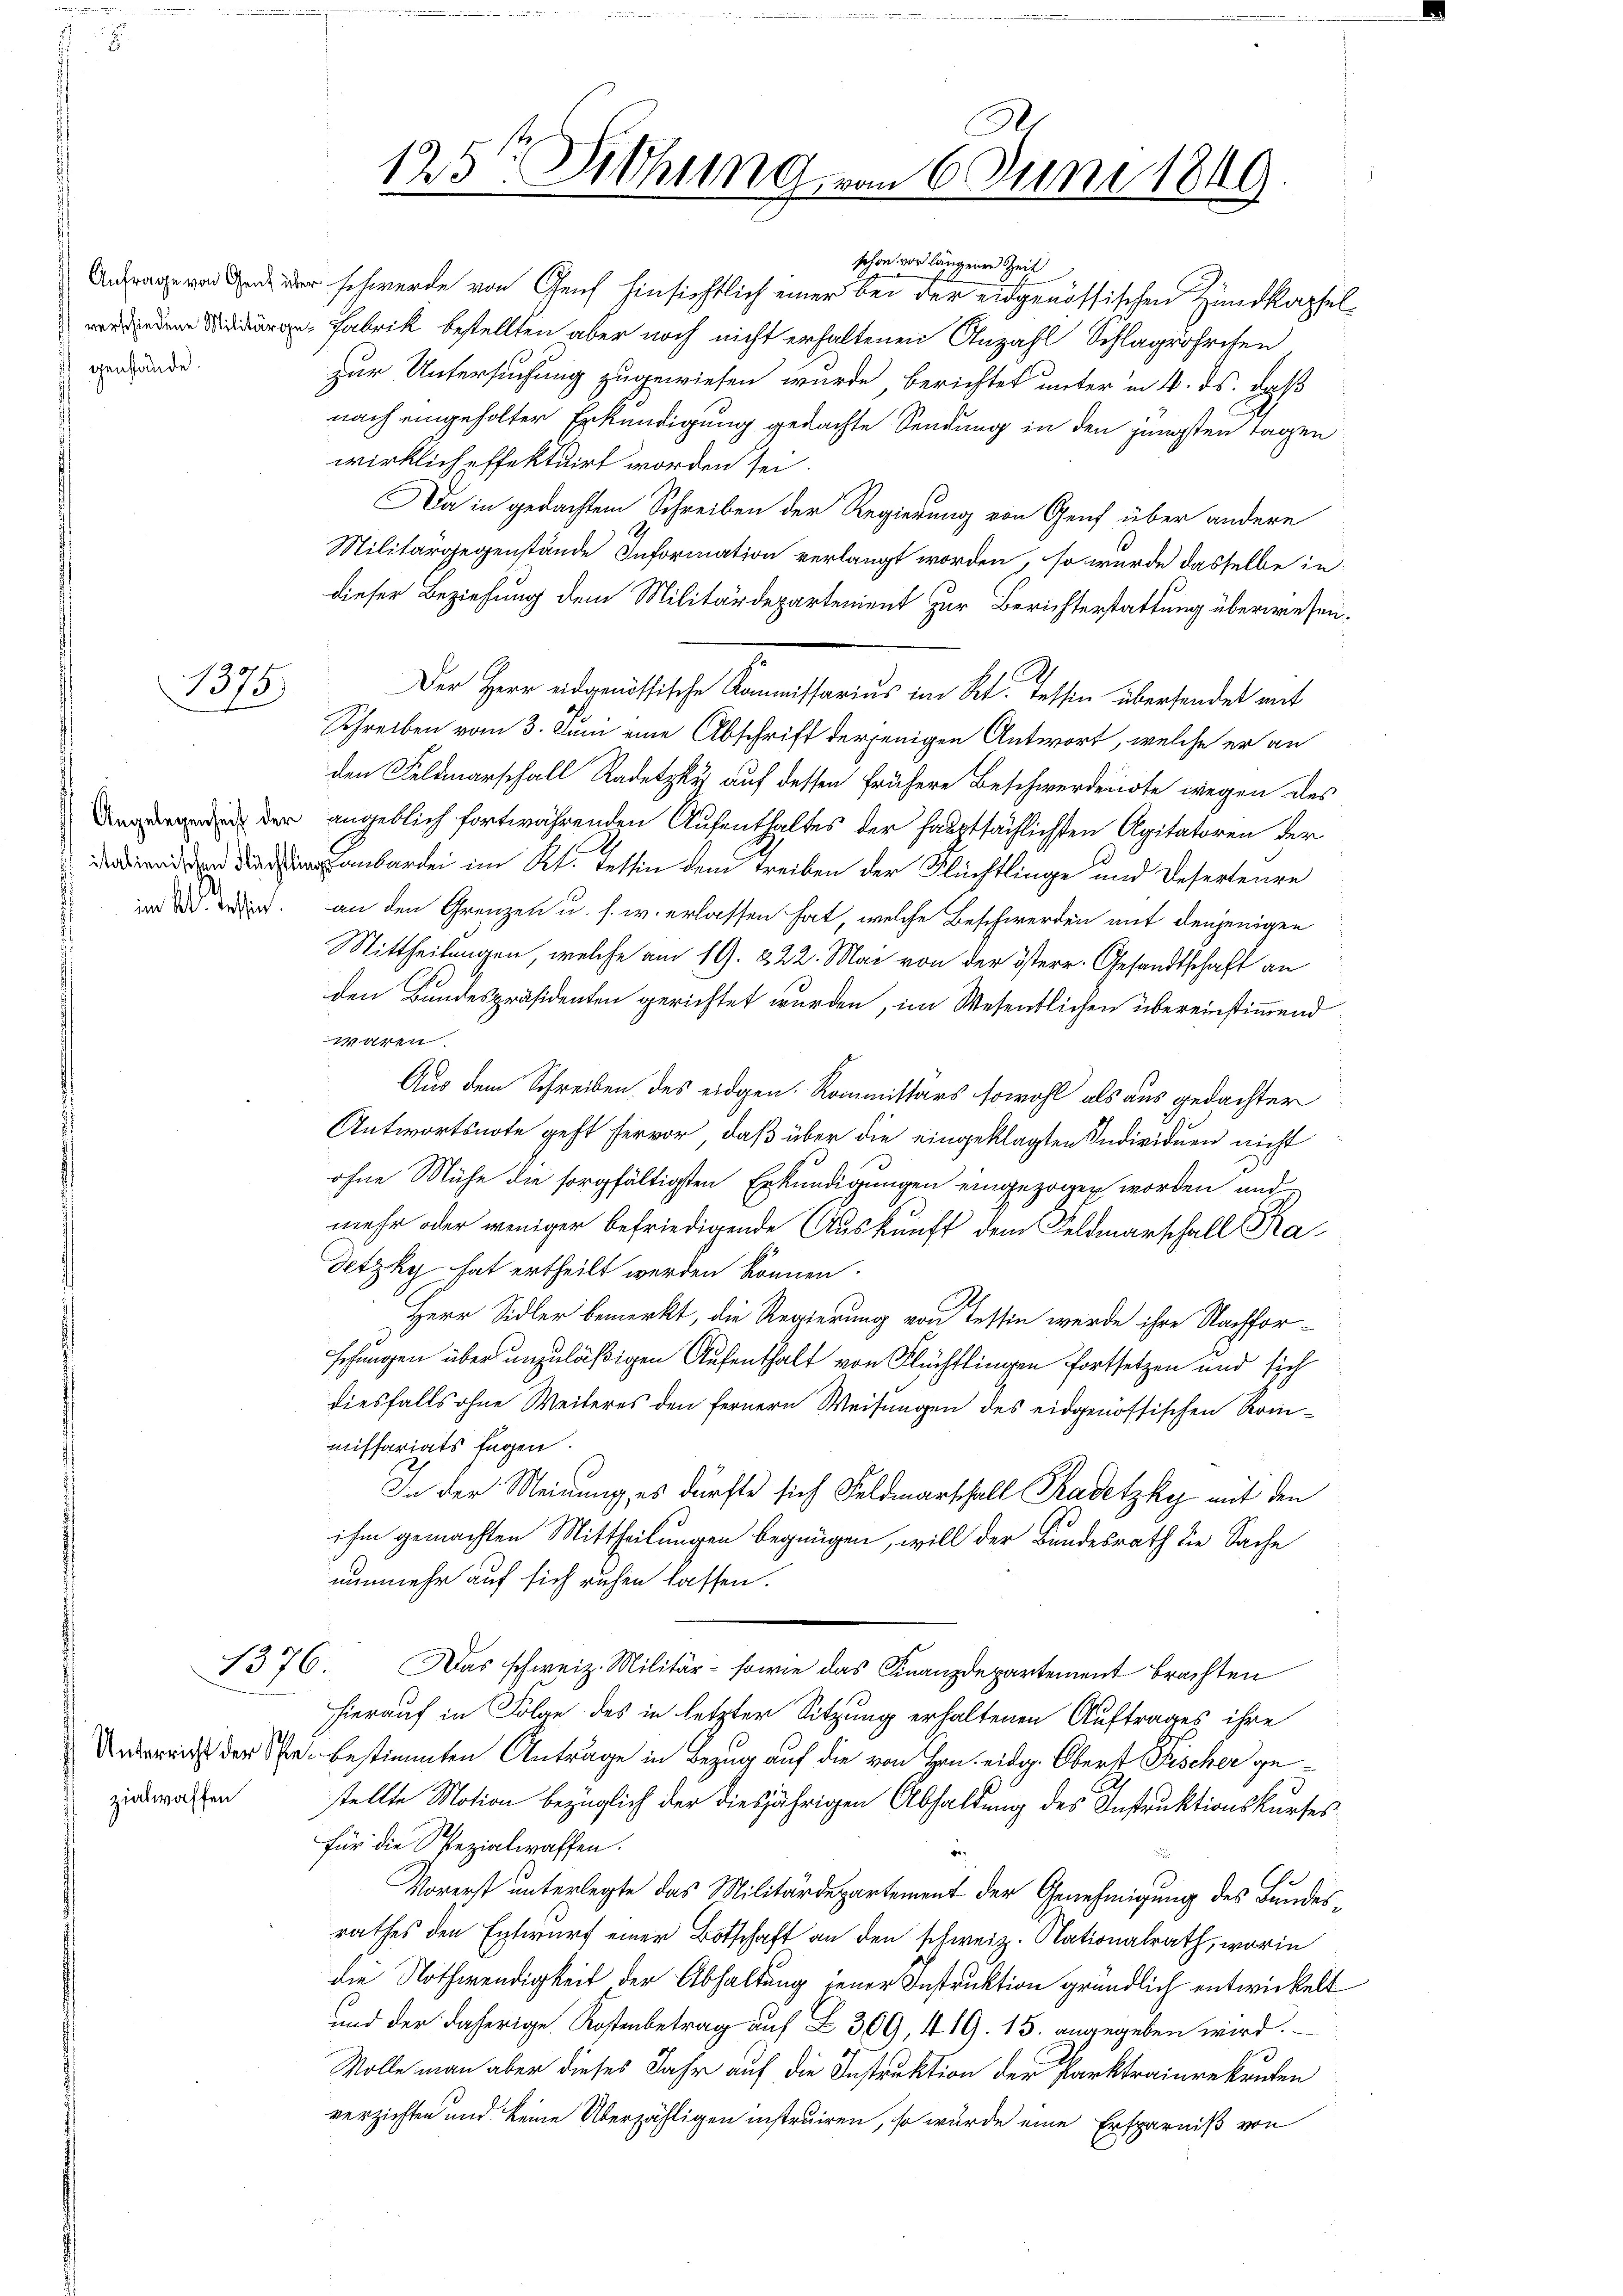
genstände.

1375.

zialwaffen

125te Sitzung vom 6. Juni 1849

schon vor längerer Zeit

er schwerde von Genf hinsichtlich einer bei der eidgenössischen Hundkapsel¬
 Fabrik bestellten aber noch nicht erhaltenen Anzahl Schlagröhren
zur Untersuchung zugewiesen wurde, berichtet unter in 4. ds. daß
nach eingeholter Erkundigung gedachte Sendung in den jüngsten Tagen
wirklich effektuirt worden sei.
Da in gedachtem Schreiben der Regierung von Genf über andere
Militärgegenstände Information verlangt worden, so wurde dasselbe in
dieser Beziehung dem Militärdepartement zur Berichterstattung überwesen.
Der Herr adgenössische Kommissarius im Kt. Tessin überhandelt mit
Schreiben vom 3. Juni eine Abschrift derjenigen Antwort, welche er an
den Feldmarschall Radetzky auf dessen frühere Beschwerdendte wegen des
 der angeblich fortwährenden Aufenthaltes der hauptsächlichsten Agitatoren der
anbartei im Kt. Tessin dem Treiben der Flüchtlinge und Deserteure
w. an den Grenzen u. s. w. erlassen hat, welche Beschwerden mit denjenigen
Mittheilungen, welche am 19. 222. Mai von der Osterr. Gesandtschaft an
den Bundespräsidenten gerichtet wurden, im Wesentlichen übereinstimmend
waren.
Aus dem Schreiben des eidgen. Kommissärs sowohl als aus gedachter
Antwortsnote geht hervor, daß über die eingeklagten Individuen nicht
ohne Mühe die sorgfältigsten Erkundigungen eingezogen worden und
mehr oder weniger befriedigende Auskunft dem Feldmarschall Pa¬
Setzky hat ertheilt werden können.
Herr Sidler bemerkt, die Regierung von Tessin werde ihre Nachforsehungen über unzuläßigen Aufenthalt von Flüchtlingen Fortsetzen und sich
diesfalls ohne Weiteres den fernern Weisungen des eidgenössischen Reinmissariats sagen.
In der Meinung, es dürfte sich Feldmarschall Kadetzky mit den
ihm gemachten Mittheilungen begnügen, will der Bundesrath die Sache
nunmehr auf sich ruhen lassen.
1376. Das schweiz. Militär- sowie das Finanzdepartement brachten
hierauf in Folge des in letzter Sitzung erhaltenen Auftrages ihre
rerricht der es bestimmten Anträge in Bezug auf die von Hrn. eidg. Oberst Fischer gestellte Motion bezüglich der diesjährigen Abhaldung des Instruktionskurses
für die Spezialwaffen.
de
Vorerst unterlegte das Militärdepartement der Genehmigung des Bundesrathes den Entwurf einer Botschaft an den schweiz. Nationalrath, worin
die Nothwendigkeit der Abhaltung jener Instruktion gründlich entwickelt
und der daherige Kostenbetrag auf Z 309, 419. 15. angegeben wird.
Molle man aber dieses Jahr auf die Instruktion der Parktrainrekruten
verzichten und keine Überzähligen instruiren, so wurde eine Ersparniß von